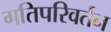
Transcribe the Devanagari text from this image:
गतिपरिवर्तन